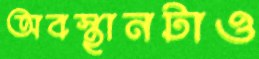
অবস্থানটাও